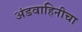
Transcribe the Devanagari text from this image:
अंडवाहिनीचा